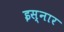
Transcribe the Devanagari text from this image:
इस्नार